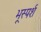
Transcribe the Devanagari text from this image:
भूस्पर्श